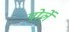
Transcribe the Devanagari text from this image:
पोर्ले